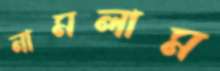
নামলাম